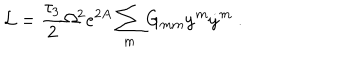
{ \cal L } = { \frac { \tau _ { 3 } } { 2 } } \Omega ^ { 2 } e ^ { 2 A } \sum _ { m } G _ { m m } { \dot { y } } ^ { m } { \dot { y } } ^ { m } \ .